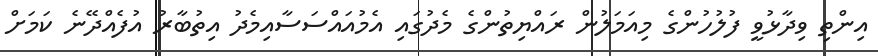
އިންތި ވިދާޅުވީ ފުލުހުންގެ މިއަމަލުން ރައްޔިތުންގެ މެދުގައި އެމުއައްސަސާއިމެދު އިތުބާރު އުފެެއްދޭނެ ކަމަށް